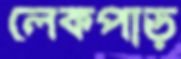
লেকপাড়